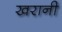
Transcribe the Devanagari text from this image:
खरानी